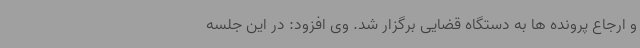
و ارجاع پرونده ها به دستگاه قضایی برگزار شد. وی افزود: در این جلسه